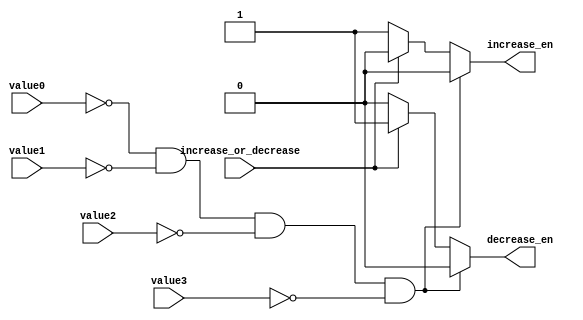
`timescale 1ns / 1ps
//////////////////////////////////////////////////////////////////////////////////
// Company: 
// Engineer: 
// 
// Design Name: 
// Module Name: initial_signal_generator
// Project Name: 
// Target Devices: 
// Tool Versions: 
// Description: 
// 
// Dependencies: 
// 
// Revision:
// Revision 0.01 - File Created
// Additional Comments:
// 
//////////////////////////////////////////////////////////////////////////////////


module initial_signal_generator(value0, value1, value2, value3, increase_or_decrease, increase_en, decrease_en);
    input [3:0] value0;
    input [3:0] value1;
    input [3:0] value2;
    input [3:0] value3;
    input increase_or_decrease;
    output increase_en, decrease_en;
    
    reg increase_en, decrease_en;
    
    always @* begin
        if(value0 == 4'd0 && value1 == 4'd0 && value2 == 4'd0 && value3 == 4'd0) begin
            increase_en = 1'b0;
            decrease_en = 1'b0;
        end
        else if(increase_or_decrease == 1'b0) begin
            increase_en = 1'b1;
            decrease_en = 1'b0;
        end
        else begin
            increase_en = 1'b0;
            decrease_en = 1'b1;
        end
    end
endmodule